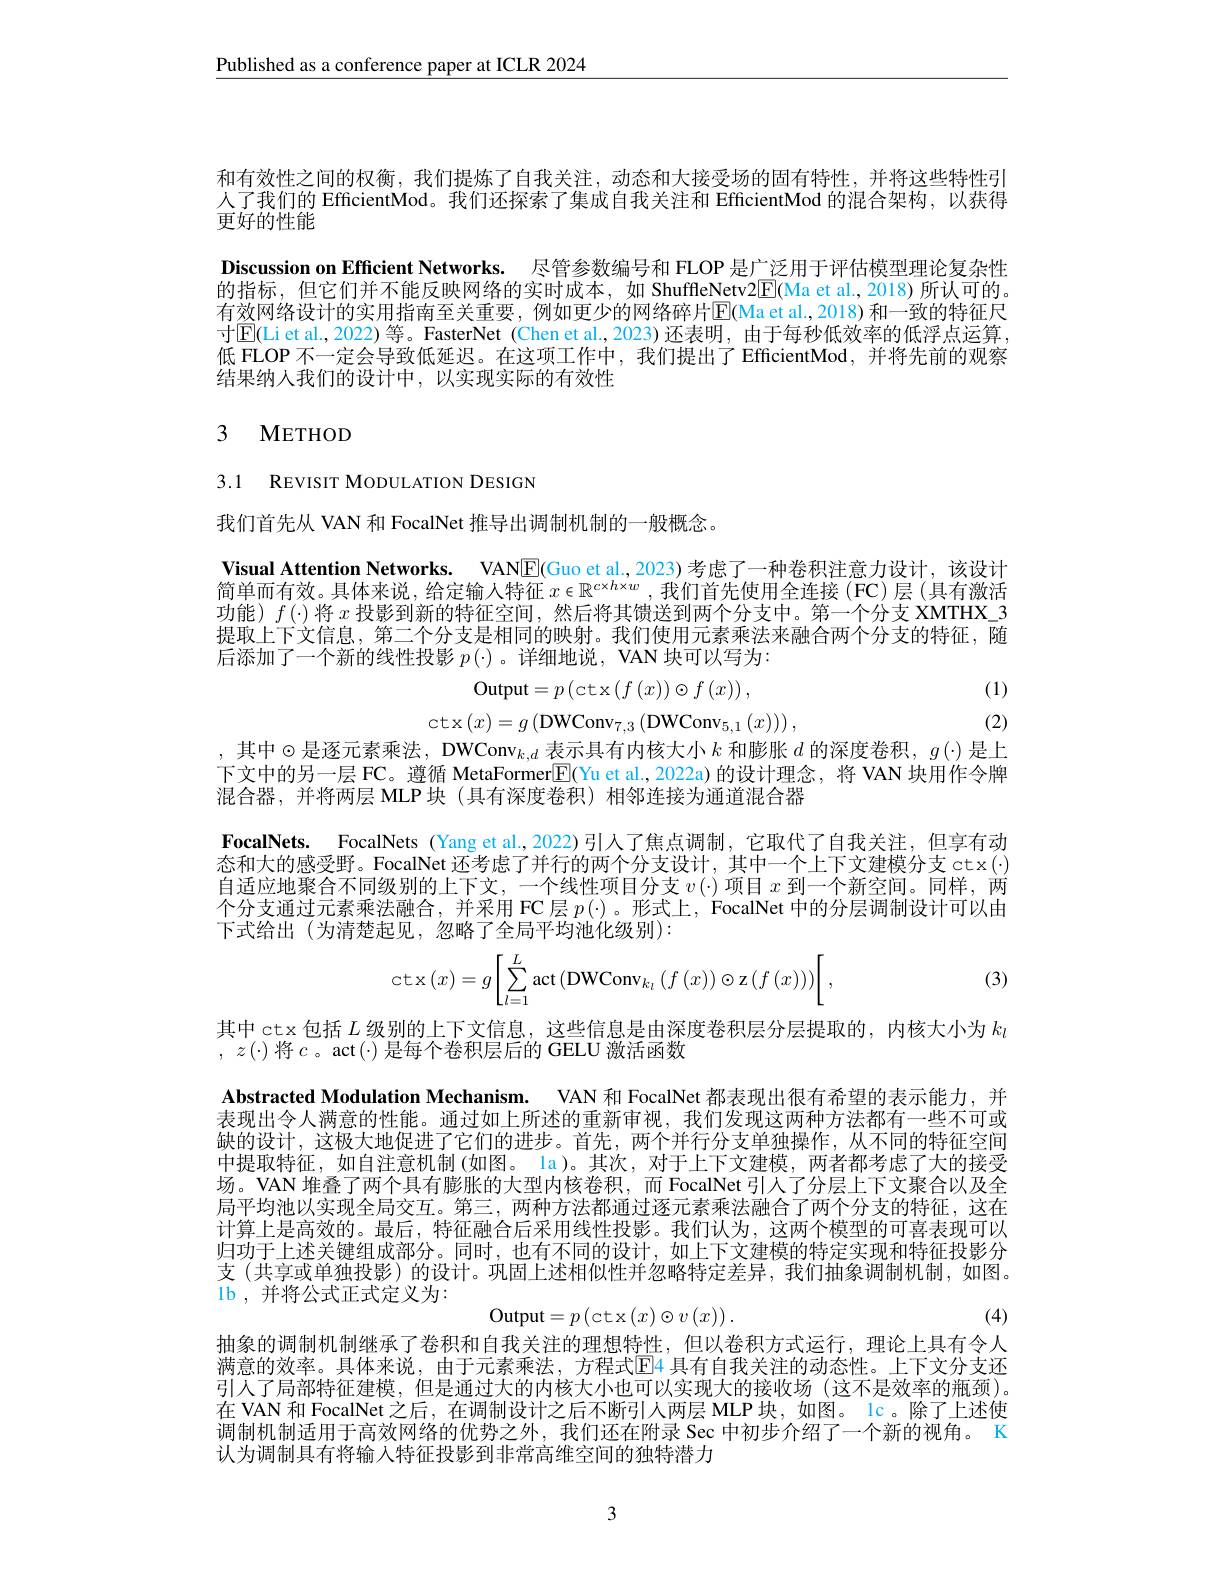
$\underline{\text{Published as a conference paper at ICLR 2024}}$

和有效性之间的权衡，我们提炼了自我关注，动态和大接受场的固有特性，并将这些特性引人了我们的 EfficientMod。我们还探索了集成自我关注和 EfficientMod 的混合架构，以获得更好的性能
Discussion on Efficient Networks. 尽管参数编号和 FLOP 是广泛用于评估模型理论复杂性的指标，但它们并不能反映网络的实时成本，如 ShuffleNetv2$\boxed{\mathrm{F}}($Ma et al.,2018)所认可的。有效网络设计的实用指南至关重要，例如更少的网络碎片$\boxed{\mathrm{E}}($Ma et al.,2018) 和一致的特征尺寸$\mathbb{E}($Liet al.,2022)等。FasterNet (Chen et al.,2023)还表明，由于每秒低效率的低浮点运算， 低 FLOP 不一定会导致低延迟。在这项工作中，我们提出了EfficientMod，并将先前的观察结果纳人我们的设计中，以实现实际的有效性

# 3 METHOD

3.1 REVISIT MODULATION DESIGN

我们首先从 VAN 和 FocalNet 推导出调制机制的一般概念。

Visual Attention Networks. VANE(Guo et al.,2023) 考虑了一种卷积注意力设计，该设计简单而有效。具体来说，给定输入特征$x\in\mathbb{R}^{c\times h\times w}$,我们首先使用全连接(FC)层(具有激活功能)$f(\cdot)$将$x$投影到新的特征空间，然后将其馈送到两个分支中。第一个分支 XMTHX\_3提取上下文信息，第二个分支是相同的映射。我们使用元素乘法来融合两个分支的特征，随后添加了一个新的线性投影$p(\cdot)$ 。详细地说，VAN 块可以写为：
$$\mathrm{Output}=p\left(\mathrm{ctx}\left(f\left(x\right)\right)\odot f\left(x\right)\right),$$
$$\text{ctx}\left(x\right)=g\left(\text{DWConv}_{7,3}\left(\text{DWConv}_{5,1}\left(x\right)\right)\right),$$
(1) (2)

,其中$\odot$是逐元素乘法，DWConv$_k,d$表示具有内核大小$k$和膨胀$d$的深度卷积，$g(\cdot)$是上下文中的另一层 FC。遵循 MetaFormer$\boxed{\mathrm{E}}($Yu et al.,2022a)的设计理念，将 VAN 块用作令牌混合器，并将两层 MLP块(具有深度卷积)相邻连接为通道混合器

FocalNets. FocalNets (Yang et al.,2022)引入了焦点调制，它取代了自我关注，但享有动态和大的感受野。FocalNet 还考虑了并行的两个分支设计，其中一个上下文建模分支 ctx(·) 自适应地聚合不同级别的上下文，一个线性项目分支$v(\cdot)$项目$x$到一个新空间。同样，两个分支通讨元素乘决融合。并采用 FC层$p(\cdot)$。形式上，FocalNet 中的分层调制设计可以中下式给出(为清楚起见，忽略了全局平均池化级别):
$$\operatorname{ct}\operatorname{x}\left(x\right)=g\Biggl[\sum\limits_{l=1}^{L}\operatorname{act}\left(\operatorname{DWConv}_{k_{l}}\left(f\left(x\right)\right)\odot\operatorname{z}\left(f\left(x\right)\right)\right)\Biggr[\:,$$
(3)

其中ctx 包括$L$级别的上下文信息，这些信息是由深度卷积层分层提取的，内核大小为$k_l$

, $z( \cdot )$ 将 $c$。$\arctan ( \cdot )$ 是 每 个 卷 积 层 后 的 GELU 激 活 函 数
Abstracted Modulation Mechanism. VAN 和 FocalNet 都表现出很有希望的表示能力，并表现出令人满意的性能。通过如上所述的重新审视，我们发现这两种方法都有一些不可或缺的设计，这极大地促进了它们的进步。首先，两个并行分支单独操作，从不同的特征空间中提取特征，如自注意机制(如图。la)。其次，对于上下文建模，两者都考虑了大的接受场。VAN 堆叠了两个具有膨胀的大型内核卷积，而 FocalNet 引人了分层上下文聚合以及全局平均池以实现全局交互。第三，两种方法都通过逐元素乘法融合了两个分支的特征，这在计算上是高效的。最后，特征融合后采用线性投影。我们认为，这两个模型的可喜表现可以归功于上述关键组成部分。同时，也有不同的设计，如上下文建模的特定实现和特征投影分支(共享或单独投影)的设计。巩固上述相似性并忽略特定差异，我们抽象调制机制，如图。1b , 并将公式正式定义为：
$$\mathrm{Output}=p\left(\cot\left(x\right)\odot v\left(x\right)\right).$$
(4)
抽象的调制机制继承了卷积和自我关注的理想特性，但以卷积方式运行，理论上具有令人满意的效率。具体来说，由于元素乘法，方程式$\overline{\mathbb{E}}$4 具有自我关注的动态性。上下文分支还引人了局部特征建模，但是通过大的内核大小也可以实现大的接收场(这不是效率的瓶颈)。在 VAN 和 FocalNet 之后，在调制设计之后不断引人两层 MLP 块，如图。Ic。除了上述使调制机制适用于高效网络的优势之外，我们还在附录 Sec 中初步介绍了一个新的视角。K 认为调制具有将输入特征投影到非常高维空间的独特潜力

3